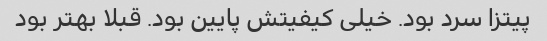
پیتزا سرد بود. خیلی کیفیتش پایین بود. قبلا بهتر بود